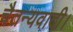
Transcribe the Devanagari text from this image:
चैतन्यवादी।